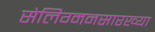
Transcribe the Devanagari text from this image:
सेलिग्मनसारख्या